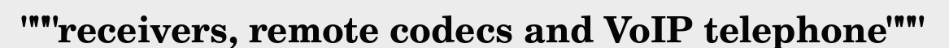
"""receivers, remote codecs and VoIP telephone"""